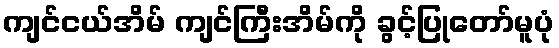
ကျင်ငယ်အိမ် ကျင်ကြီးအိမ်ကို ခွင့်ပြုတော်မူပုံ